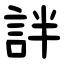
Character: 詊